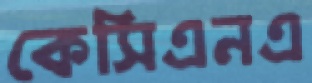
কেসিএনএ